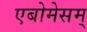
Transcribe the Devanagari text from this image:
एबोमेसम्